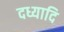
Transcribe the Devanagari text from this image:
दध्यादि